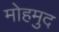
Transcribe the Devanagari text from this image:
मोहमुद